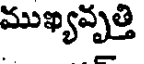
ముఖ్యవృత్తి